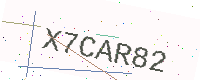
Text: X7CAR82